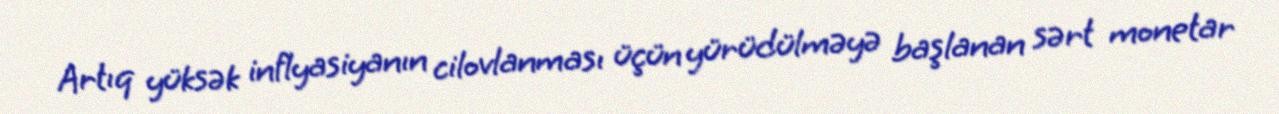
Artıq yüksək inflyasiyanın cilovlanması üçün yürüdülməyə başlanan sərt monetar